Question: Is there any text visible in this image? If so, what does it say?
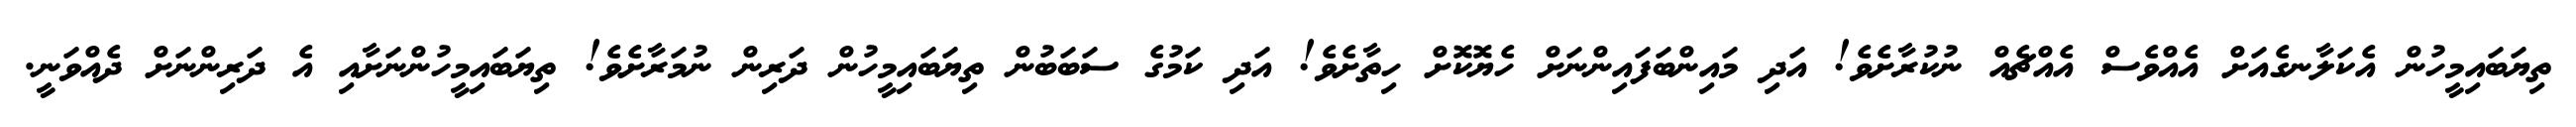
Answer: ތިޔަބައިމީހުން އެކަލާނގެއަށް އެއްވެސް އެއްޗެއް ނުކުރާށެވެ! އަދި މައިންބަފައިންނަށް ހެޔޮކޮށް ހިތާށެވެ! އަދި ކަމުގެ ސަބަބުން ތިޔަބައިމީހުން ދަރިން ނުމަރާށެވެ! ތިޔަބައިމީހުންނަށާއި އެ ދަރިންނަށް ދެއްވަނީ.